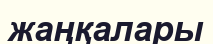
жаңқалары